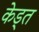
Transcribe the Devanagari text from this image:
केड्त